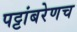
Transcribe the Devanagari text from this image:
पट्टांबरेणच